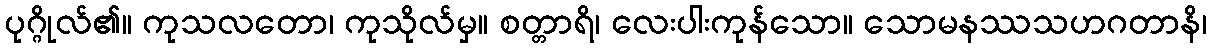
ပုဂ္ဂိုလ်၏။ ကုသလတော၊ ကုသိုလ်မှ။ စတ္တာရိ၊ လေးပါးကုန်သော။ သောမနဿသဟဂတာနိ၊